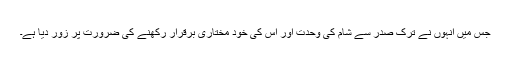
جس میں انہوں نے ترک صدر سے شام کی وحدت اور اس کی خود مختاری برقرار رکھنے کی ضرورت پر زور دیا ہے۔